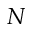
N